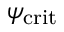
\psi _ { \mathrm { c r i t } }